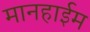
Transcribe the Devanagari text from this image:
मानहाईम